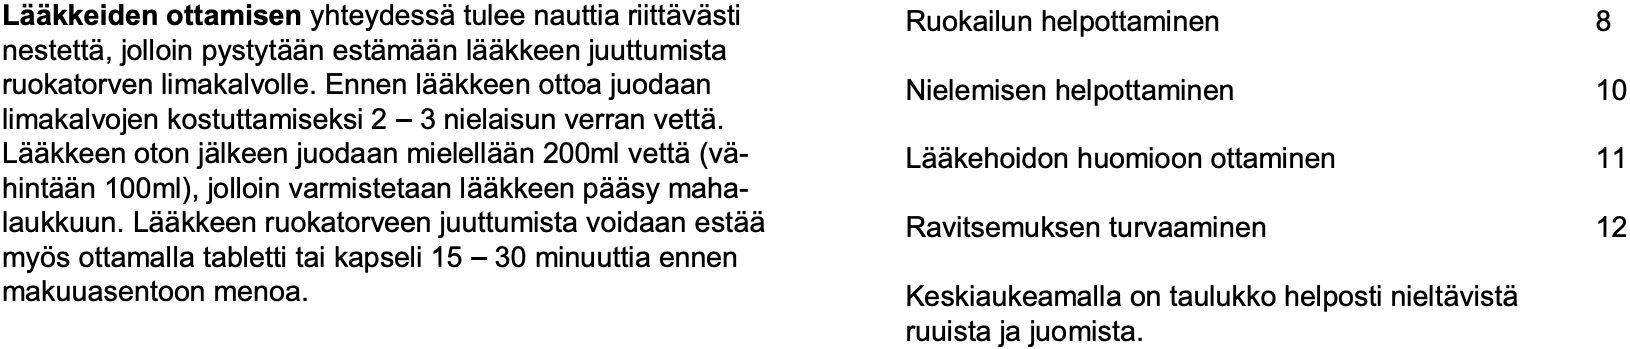
Lääkkeiden ottamisenyhteydessätulee nauttia riittävästi Ruokailun helpottaminen 8 nestettä, jolloin pystytään estämään lääkkeen juuttumista ruokatorven limakalvolle. Ennen lääkkeen ottoa juodaan Nielemisen helpottaminen 10 limakalvojen kostuttamiseksi 2 –3 nielaisun verran vettä. Lääkkeen oton jälkeen juodaan mielellään 200ml vettä(vä- Lääkehoidon huomioon ottaminen 11 hintään 100ml), jolloin varmistetaan lääkkeen pääsy maha- laukkuun. Lääkkeen ruokatorveen juuttumista voidaan estää Ravitsemuksen turvaaminen 12 myös ottamalla tabletti tai kapseli 15 –30 minuuttia ennen makuuasentoon menoa.          Keskiaukeamalla on taulukko helposti nieltävistä ruuista ja juomista.